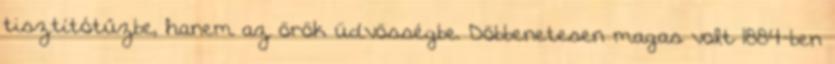
tisztítótűzbe, hanem az örök üdvösségbe. Döbbenetesen magas volt 1884-ben